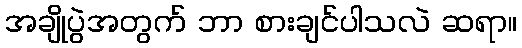
အချိုပွဲအတွက် ဘာ စားချင်ပါသလဲ ဆရာ။